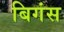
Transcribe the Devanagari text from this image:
बिगंस